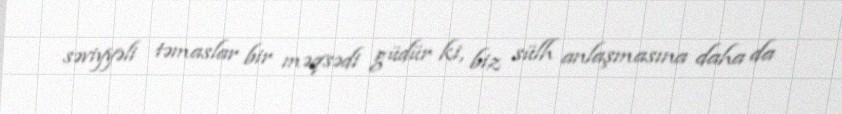
səviyyəli təmaslar bir məqsədi güdür ki, biz sülh anlaşmasına daha da